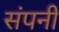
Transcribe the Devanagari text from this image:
संपनी